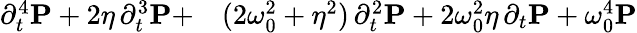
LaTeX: \begin{array}{rl}{\partial_{t}^{4}\boldsymbol{\mathbf{P}}+2\eta\, \partial_{t}^{3}\boldsymbol{\mathbf{P}}+}&{{}(2\omega_{0}^{2}+\eta^{2})\, \partial_{t}^{2}\boldsymbol{\mathbf{P}}+2\omega_{0}^{2}\eta\, \partial_{t}\boldsymbol{\mathbf{P}}+\omega_{0}^{4}\boldsymbol{\mathbf{P}}}\end{array}